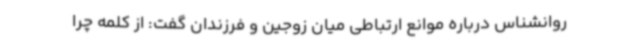
روانشناس درباره موانع ارتباطی میان زوجین و فرزندان گفت: از کلمه چرا